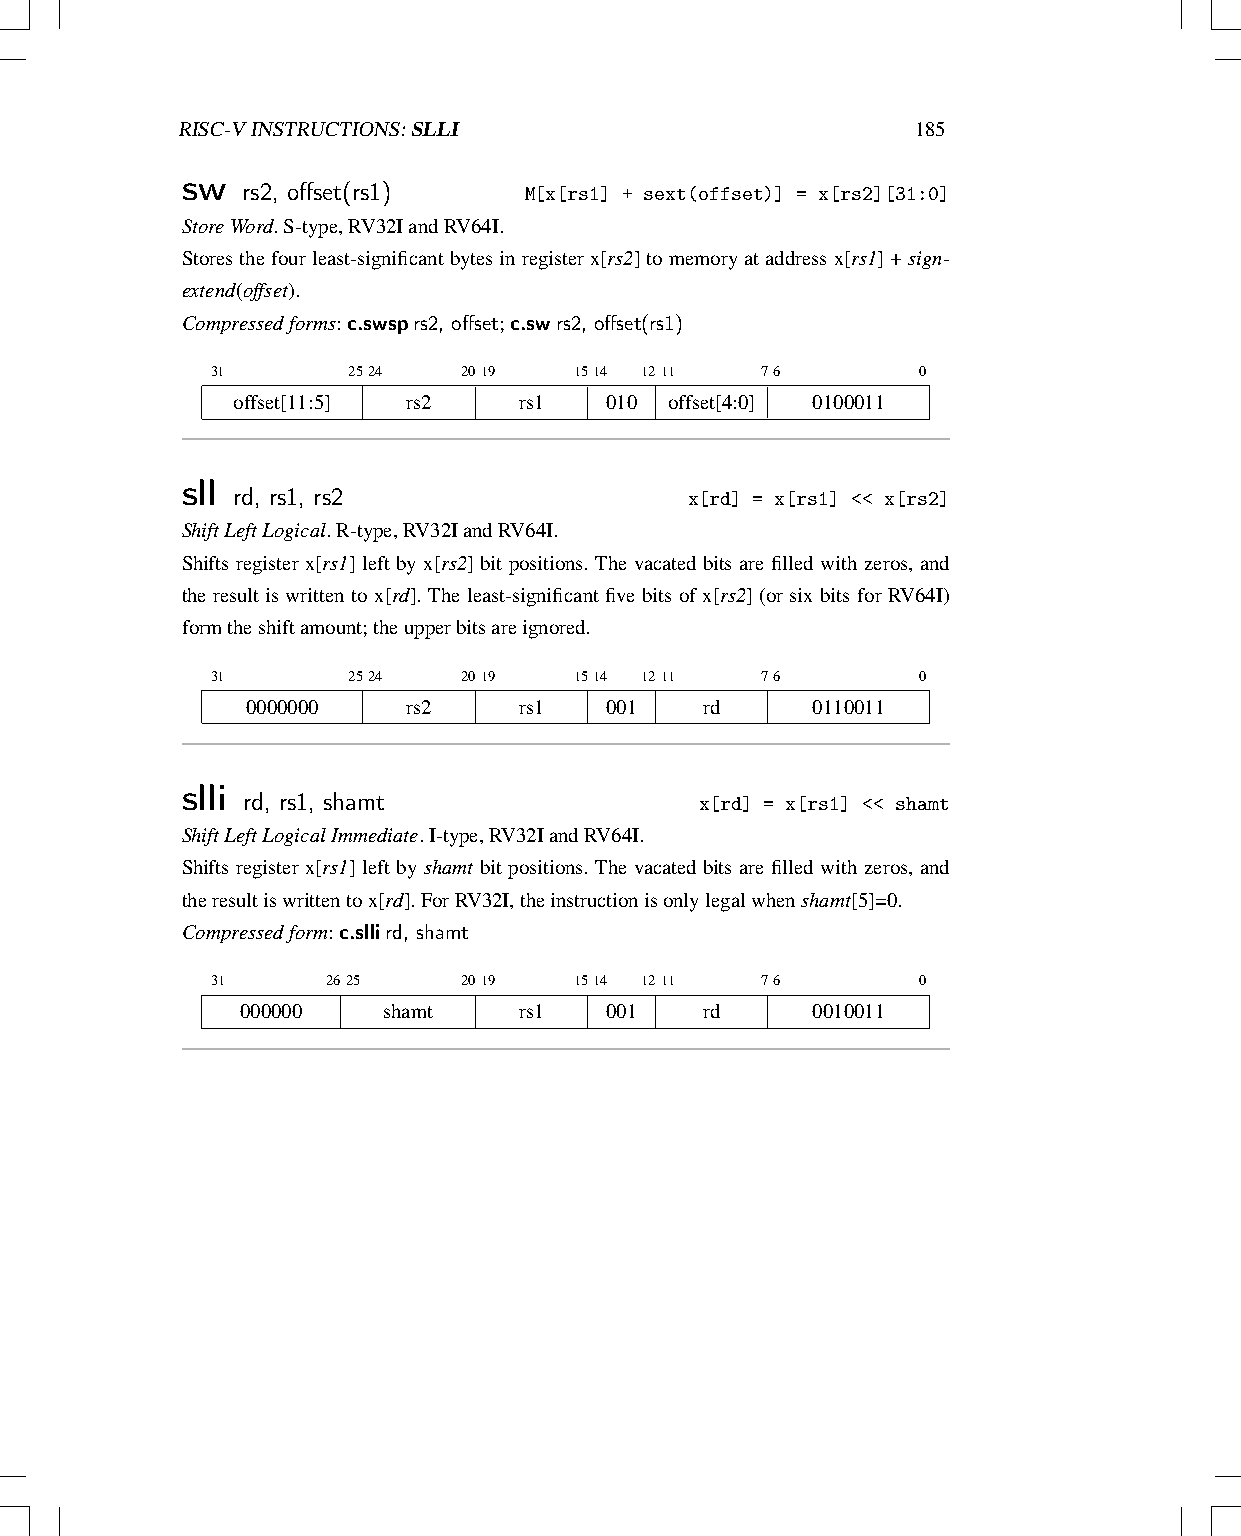
RISC-VINSTRUCTIONS:SLLI                          185
 sw  rs2, offset(rs1)
 M[x[rs1] + sext(offset)] = x[rs2][31:0]
 StoreWord.S-type,RV32IandRV64I.
 Storesthefourleast-significantbytesinregisterx[rs2]tomemoryataddressx[rs1]+sign-
 extend(offset).
 Compressedforms:c.swsprs2, offset;c.swrs2, offset(rs1)
 31       2524    2019   1514 1211   76         0
 offset[11:5] rs2   rs1   010 offset[4:0] 0100011
 sll rd, rs1, rs2
 x[rd] = x[rs1] << x[rs2]
 ShiftLeftLogical.R-type,RV32IandRV64I.
 Shifts register x[rs1] left by x[rs2] bit positions. The vacated bits are filled with zeros, and
 the result is written to x[rd]. The least-significant five bits of x[rs2] (or six bits for RV64I)
 formtheshiftamount;theupperbitsareignored.
 31       2524    2019   1514 1211   76         0
 0000000    rs2    rs1   001    rd     0110011
 slli rd, rs1, shamt
 x[rd] = x[rs1] << shamt
 ShiftLeftLogicalImmediate.I-type,RV32IandRV64I.
 Shifts register x[rs1] left by shamt bit positions. The vacated bits are filled with zeros, and
 theresultiswrittentox[rd].ForRV32I,theinstructionisonlylegalwhenshamt[5]=0.
 Compressedform:c.sllird, shamt
 31      2625     2019   1514 1211   76         0
 000000   shamt    rs1   001    rd     0010011